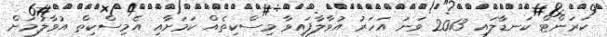
ކަރަންޓް ކަނޑާލައި 2013 ވަނަ އަހަރު އުވާލާފައިވާ މިސްކިތެއް ކަމަށާއި އެމިސްކިތް އުވާލުމަށް